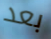
بعد